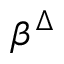
\beta ^ { \Delta }